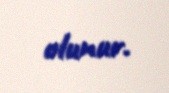
olunur.